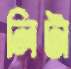
লিটা